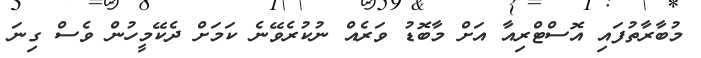
މުބާރާތުފައި އޮސްޓްރިއާ އަށް މާބޮޑު ވަރެއް ނުކުރެވޭނެ ކަމަށް ދެކޭމީހުން ވެސް ގިނަ